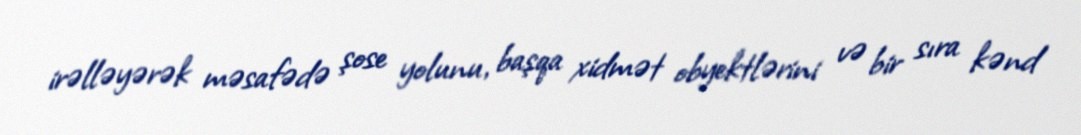
irəlləyərək məsafədə şose yolunu, başqa xidmət obyektlərini və bir sıra kənd